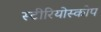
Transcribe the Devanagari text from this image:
स्टीरियोस्कोप